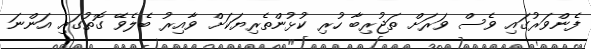
ފެންވަރުގައި ވެސް ވަރަށް ތަޖުރިބާ ހުރި ކުޅުންތެރިޔަކަށް ވާއިރު ބެލެވޭ ގޮތުގައި އަންނަ